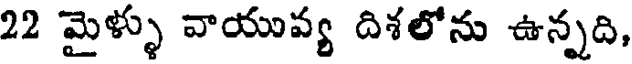
22 మైళ్ళు వాయువ్య దిశలోను ఉన్నది,